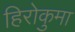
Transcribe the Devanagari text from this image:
हिरोकुमा